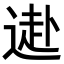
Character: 𨕍